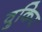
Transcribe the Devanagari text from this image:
वुकिर